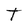
Character: t